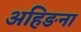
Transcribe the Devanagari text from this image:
अहिङना